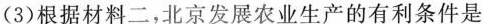
（3）根据材料二，北京发展农业生产的有利条件是